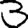
Digit: 3